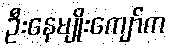
ဦးနေမျိုးကျော်က